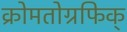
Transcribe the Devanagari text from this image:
क्रोमतोग्रफिक्